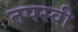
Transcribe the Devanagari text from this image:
तपस्‍वी